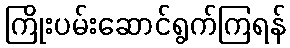
ကြိုးပမ်းဆောင်ရွက်ကြရန်